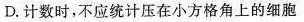
D.计数时，不应统计压在小方格角上的细胞